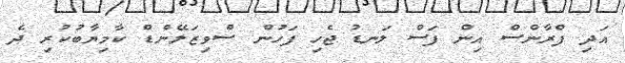
އަދި ފްރާންސް އިން ފަސް ލަނޑު ޖެހި ފަހުން ސްވިޒަލޭންޑް ކާމިޔާބުކުރި ދެ